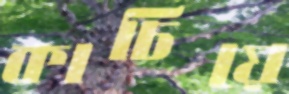
কাচিয়ে